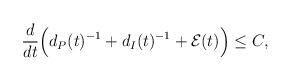
LaTeX: \begin{align*}&\frac{d}{dt}\Big(d_P(t)^{-1}+d_I(t)^{-1}+\mathcal{E}(t)\Big)\leq C,\end{align*}